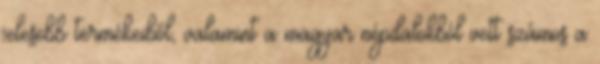
jelesebb termékeiből, valamint a magyar népdalokból vett számos a